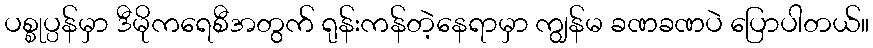
ပစ္စုပ္ပန်မှာ ဒီမိုကရေစီအတွက် ရုန်းကန်တဲ့နေရာမှာ ကျွန်မ ခဏခဏပဲ ပြောပါတယ်။